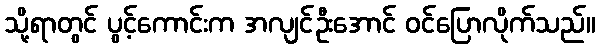
သို့ရာတွင် ပွင့်ကောင်းက အလျင်ဦးအောင် ဝင်ပြောလိုက်သည်။